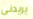
يريدنى